Vaccination in Bombay 1869-1873 - 1869-1873
Year: 1869
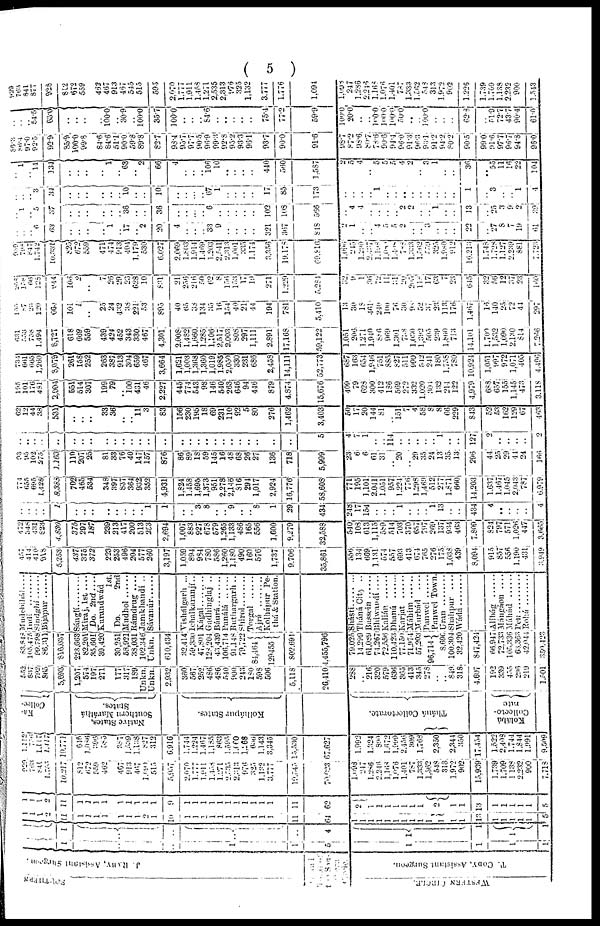
( 5 )
SOUTHERN
J. RABY, Assistant Surgeon.
Grand
Total of
the Sou-
thern
Circle.
WESTERN
CIRCLE.
T. CODY,
Assistant Surgeon.
1
..
..
1
1
5
1
1
1
1
1
..
..
..
..
4
1
1
1
1
1
1
1
2
11
1
1
1
1
1
1
1
2
1
10
1
1
1
1
1
1
1
1
1
1
1
11
64
1
1
1
1
1
1
1
1
1
1
1
1 1
13
1
1
1
1
1
5
1
1
1
2
11
1
1
1
1
1
1
1
1
1
9
1
1
1
1
1
1
1
1
1
1
1
11
62
2
1
1
1
1
1
1
1
2
1
1
13
1
1
1
1
1
5
929
763
841
1,755
10,217
812
672
559
462
467
913
467
1,090
515
5,957
2,070
1,777
1,911
1,438
1,271
2,235
2,343
976
325
1,132
3,777
19,545
70,623
1,098
247
1,286
2,246
1,168
1,076
1,401
787
1,333
1,562
548
313
1,972
902
15,939
1,739
1,709
1,138
2,232
900
7,718
1,112
756
1,117
1,417
10,771
646
1,086
396
585
387
1,539
1,138
827
312
6,916
1,744
1,224
1,467
1,185
863
1,595
1,660
1,268
636
1,143
3,345
15,330
67,627
1,992
1,324
890
1,672
1,999
2,456
309
1,768
2,350
2,344
350
17,454
1,522
2,408
1,744
1,844
1,991
9,509
Ka-
Collec-
Native States,
Southern Maráthá
States.
Kolhápur States.
Tháná Collectorate.
Kolábá
Collecto-
rate.
552
837
792
865
5,693
1,207
574
197
271
177
317
189
Unkn.
Unkn.
2,932
360
567
252
486
486
540
900
243
180
598
506
5,118
26,410
288
.. 216
320
579
636
365
413
345
278
..
.. 849
318
4,607
192
339
455
236
219
1,501
83,848
105,475
99,798
86,311
816,037
223,663
82,201
35,601 39,420
30,251
58,921
38,031
102,346
Unkn.
610,434
32,414
59,330
47,801
128,204
43,439
106,714
91,148
79,722
84,464
129455
802,691
4,455,796
79,025
14,290
61,089
74,267
72,556
110,423
77,150
71,974
57,203
96,714
8,690
100,304
32,420
847,424
66,947
72,733
105,336
63,363
42,044
350,423
Mudebihál ....
Indí
Sindghí
Bijápur ......
Sánglí
Miraj, 1st ....
Do. 2nd
....
Kurandwád
1st.
Do.
2nd
Mudhol ......
Rámdrug ....
Jamkhandí ..
Sávanúr ......
Vishálgarh ...
Ichalkaranjí..
Kágal .........
Gadhinglaj ..
Báurá
Panálá
Buthargarh ..
Shirol ..........
Torgal
Ajrá .........
Kolhápur Pe-
thá & Station.
Shásti .......
Tháná City ..
Bassein
Bhiwandí....
Kalián ......
Dhanú ......
Karjat ......
Máhim ......
Murbád
....
Panwel
Panwel Town.
Uran .........
Shahpur
....
Wádá
Alíbág
Mángáon ....
Máhád
Pen
Rohá ......
457
414
410
918
5,253
437
375
372
223
253
496
204
577
260
3,197
1,059
894
984
780
586
1,260
1,180
490
160
576
1,737
9,706
35,861
556
134
669
1,131
574
557
693
413
674
765
276
175
1,038
439
8,094
915
857
556
1,190
431
3,949
472
348
431
823
4,830
375
297
187
239
213
417
200
513
253
2,694
1,007
883
927
678
579
1,265
1,133
486
165
556
1,600
9,279
32,588
540
108
613
1,115
589
514
703
370
657
797
269
137
934
463
7,809
824
797
571
1,026
447
3,665
..
..
..
..
1
..
..
..
..
..
..
..
.. 1
1
..
.. 3
8
..
.. 9
..
.. 8
1
29
434
248
17
154
..
..
.. 1
..
..
.. 1
13
..
..
434
4
..
..
..
..
4
774
655
695
1,428
8,383
702
465
534
348
397
837
364
932
352
4,931
1,824
1,458
1,695
1,373
951
2,278
2,146
816
294
1,017
2,924
16,776
58,608
771
195
1,101
2,041
1,051
957
1,224
776
1,298
1,469
512
277
1,871
660
14,203
1,637
1,467
1,045
2,043
787
6,979
93
95
102
275
1,163
110
207
25
81
33
76
40
147
157
876
86
89
18
59
145
16
48
68
26
27
136
718
5,999
23
6
6
61
31
..
20
.. 29
35
24
13
35
13
296
44
25
29
44
24
166
..
..
..
..
..
..
..
..
..
..
..
..
..
..
..
..
..
..
..
..
..
..
..
..
..
..
..
5
4
7
1
..
..
114
..
..
..
..
.. 1
..
..
127
2
..
..
..
..
2
62
12
44
38
531
..
..
..
33
36
..
.. 11
3
83
156
230
195
18
69
231
110
92
5
80
276
1,462
3,403
50
17
20
144
81
.. 151
7
4
58
8
8
66
229
843
52
53
162
129
67
463
195
101
176
481
2,004
551
514
307
199
79
.. 100
431
46
2,227
445
774
543
98
146
540
263
646
94
446
879
4,874
15,676
409
79
628
300
412
186
569
272
332
1,020
304
132
214
122
4,979
688
657
155
1,145
473
3,118
736
661
665
1,260
3,079
261
158
252
263
387
913
304
659
467
3,664
1,621
1,003
1,368
1,360
1,019
1,985
2,050
330
231
686
2,458
14,111
52,773
687
163
654
1,946
751
885
827
511
999
542
241
180
1,758
780
10,924
1,051
997
972
1,071
405
4,496
631
553
758
1,494
8,727
618
669
559
439
424
452
343
330
467
4,301
2,008
1,482
1,660
1,285
1,106
2,517
2,003
808
297
1,111
2,891
17,168
59,122
1,051
206
1,271
1,940
886
969
1,301
738
1,030
1,392
505
239
1,860
713
14,101
1,700
1,532
1,090
2,130
814
7,266
100
87
23
120
660
101
1
..
25
24
432
38
221
53
895
40
65
38
134
35 16
154
40
21
44
194
781
5,410
13
30
18
464
240
100
76
30
98
52
37
23
113
176
1,467
16
140
25
72
44
297
208
158
66 128
244
105
2
..
7
26
29
23
628
10
831
21
256
216
50
62
8
156
153
17
19
271
1,229
5,284
32
9
1
36
72
11
31
20 205
118
17
63
7
23
645
32
56
12
37
23
160
939
798
847
1,742
10,331
825
672
559
471
474
913
404
1,179
530
6,027
2,069
1,863
1,914
1,469
1,203
2,541
2,313
1,001
335
1,174
3,356
19,178
69,816
1,096
245
1,290
2,437
1,198
1,080
1,408
788
1,333
1,562
539
325
1,980
912
16,213
1,748
1,728
1,127
2,239
881
7,723
..
..
.. 6
63
..
..
..
..
1
.. 17
.. 2
20
4
..
..
.. 33
9
..
..
..
..
321
367
818
2
1
..
.. 4
5
5
2
..
.. 3
..
..
..
22
..
27
8
7
19
61
.. 1
.. 5
37
..
..
..
..
..
.. 36
..
..
36
..
..
...
.. 6
..
..
..
..
..
102
108
566
.. 4
4
..
..
..
.. 2
2
..
..
1
.. ..
13
..
25
3
9
2
39
..
..
.. 3
34
..
..
..
..
..
.. 10
..
..
10
..
..
... ..
67
1
..
..
..
..
17
85
173
..
..
..
.. 1
..
..
..
..
..
..
..
..
..
1
..
3
..
.. 1
4
.. 1
.. 14
134
..
..
..
.. 1
.. 63
.. 2
66
4
..
..
.. 106
10
..
..
..
..
440
560
1,587
2
5
4
.. 5
5
5
4
2
.. 3
1
..
..
36
..
55
11
16
22
104
86.3
86.4
97.0
92.5
92.9
85.9
100.0
99.8
84.6
84.6
51.1
90.0
59.8
89.8
82.7
98.4
95.7
97.7
90.5
96.9
99.3
92.8
95.2
93.3
96.1
93.7
90.0
91.6
98.7
87.2
98.6
80.7
78.6
90.6
94.4
96.0
91.3
96.3
93.1
91.2
94.2
80.2
90.5
99.0
91.6,
97.7
96.7
94.8
96.0
..
..
.. 54.5
63.0
..
..
..
.. 100.0
.. 30.9
.. 100.0
35.7
100.0
..
..
.. 84.6
..
..
.. ..
..
75.4
77.2
59.9
100.0
20.0
..
..
100.0
100.0
100.0
50.0
..
.. 100.0
..
..
..
62.8
..
51.9
72.7
43.7
90.4
61.0
929
763
841
877
928
812
672
559
462
467
913
467
545
515
595
2,070
1,777
1,911
1,458
1,271
2,535
2,313
976
325
1,132
3,777
1,776
1,094
1,098
247
1,286
2,246
1,168
1,076
1,401
787
1,333
1,562
548
313
1,972
902
1,226
1,739
1,709
1,138
2,232
900
1,543